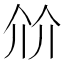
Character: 𰁽